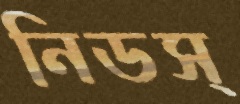
নিডস্